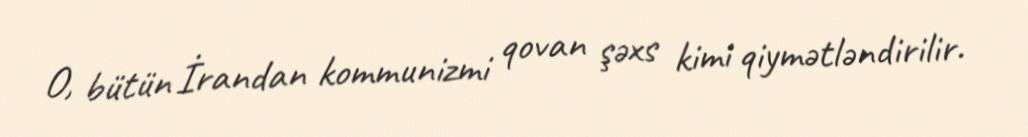
O, bütün İrandan kommunizmi qovan şəxs kimi qiymətləndirilir.